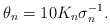
\begin{align*}\theta_n = 10K_n \sigma_n^{-1}.\end{align*}